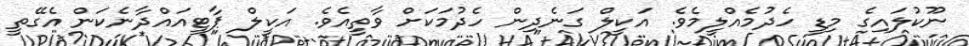
ނޫކުލައިގެ މިޑީ ހެދުމެއްލީމެވެ. އަކީލް ގަނެދިން ހެދުމަކަށް ވާތީއެވެ. އަކީލް ޕާޓީއައްދާނެކަން އެގޭތީ